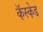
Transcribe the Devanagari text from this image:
कॅस्केड